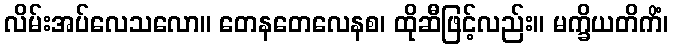
လိမ်းအပ်လေသလော။ တေနတေလေနစ၊ ထိုဆီဖြင့်လည်း။ မက္ခိယတိကိံ၊